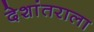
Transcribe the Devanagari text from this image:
देशांतराला